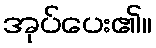
အုပ်ပေး၏။